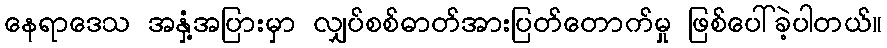
နေရာဒေသ အနှံ့အပြားမှာ လျှပ်စစ်ဓာတ်အားပြတ်တောက်မှု ဖြစ်ပေါ်ခဲ့ပါတယ်။